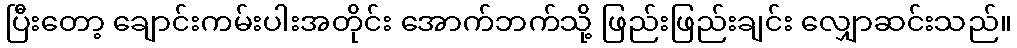
ပြီးတော့ ချောင်းကမ်းပါးအတိုင်း အောက်ဘက်သို့ ဖြည်းဖြည်းချင်း လျှောဆင်းသည်။